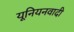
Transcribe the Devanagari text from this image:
यूनियनवादी